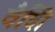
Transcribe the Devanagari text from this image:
वैदीि